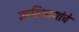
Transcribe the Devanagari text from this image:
उपविभागांचे